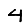
Digit: 4